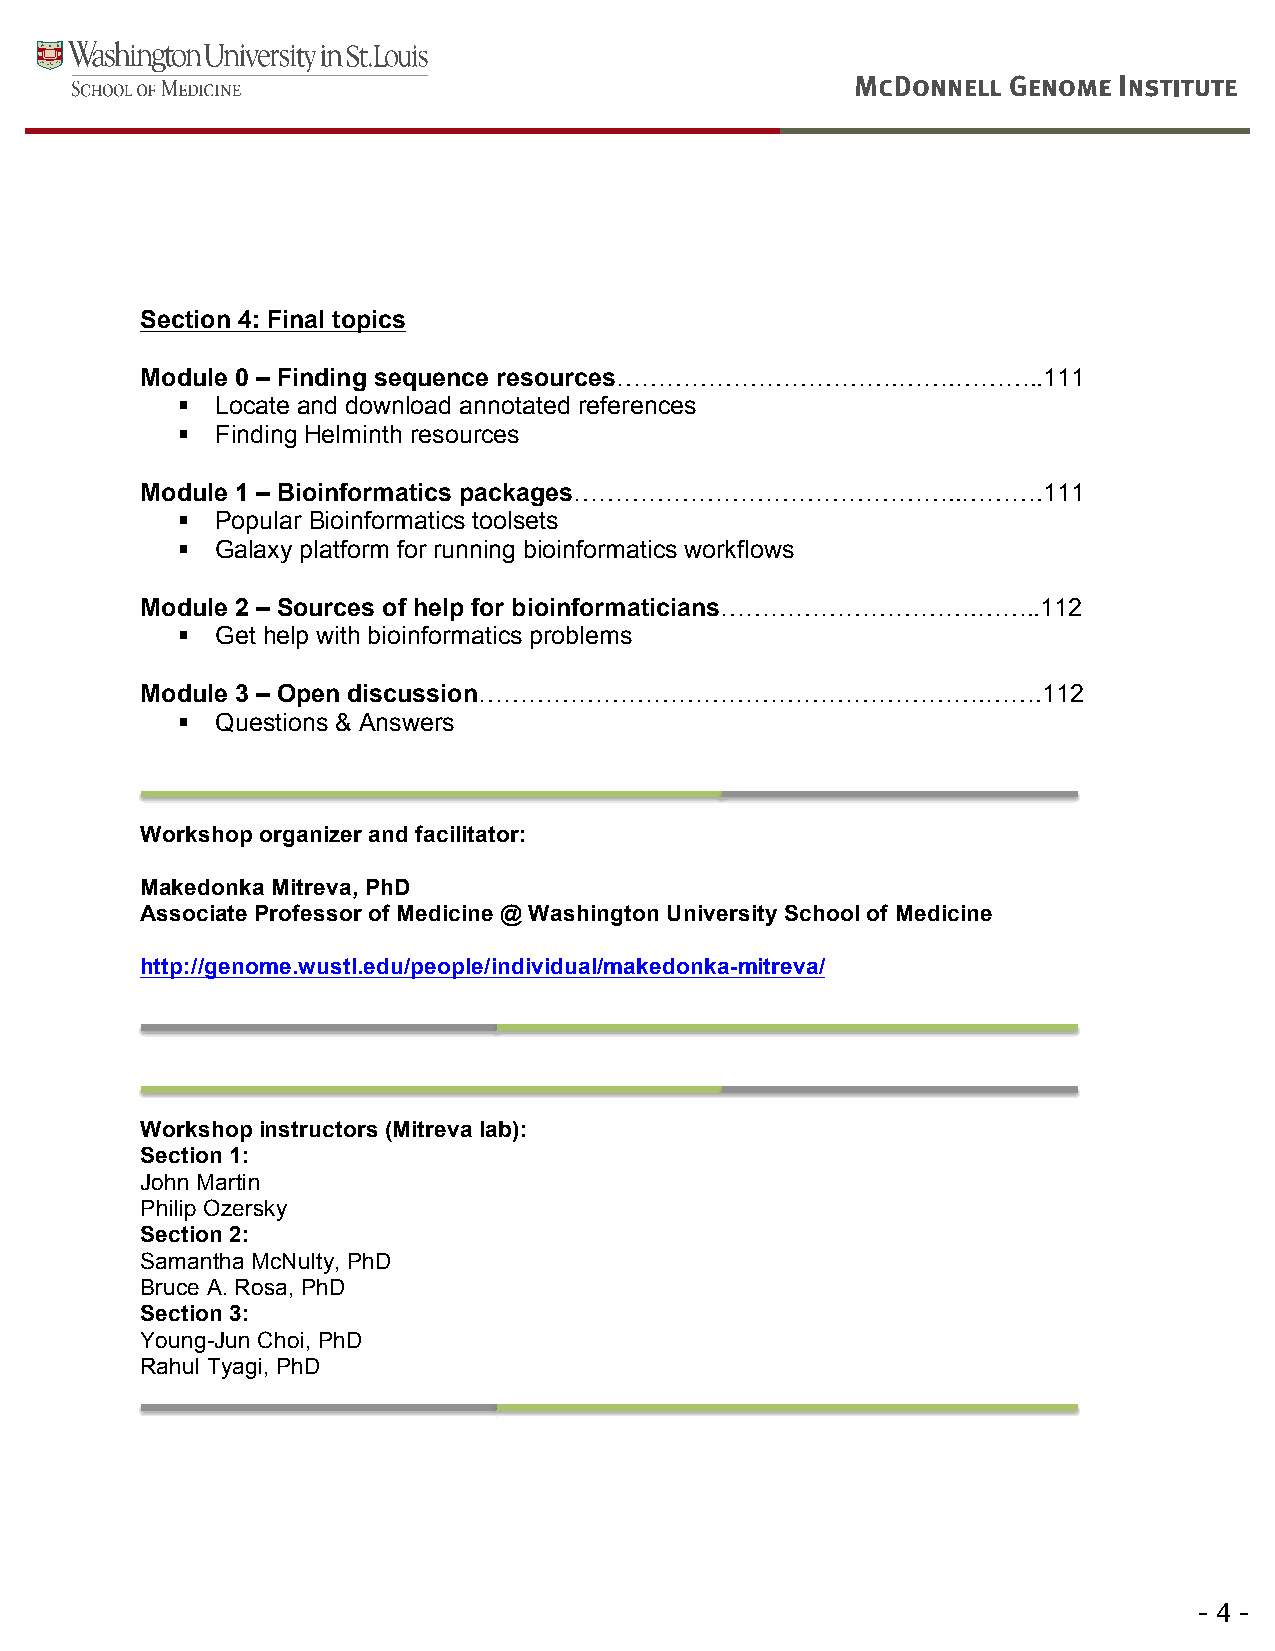
!
 Section 4: Final topics
 Module 0 – Finding sequence resources…………………………….…….………..111
 ! Locate and download annotated references
 ! Finding Helminth resources
 Module 1 – Bioinformatics packages………………………………………..……….111
 ! Popular Bioinformatics toolsets
 ! Galaxy platform for running bioinformatics workflows
 Module 2 – Sources of help for bioinformaticians………………………….……..112
 ! Get help with bioinformatics problems
 Module 3 – Open discussion…………………………………………………….…….112
 ! Questions & Answers
 Workshop organizer and facilitator:
 Makedonka Mitreva, PhD
 Associate Professor of Medicine @ Washington University School of Medicine
 http://genome.wustl.edu/people/individual/makedonka-mitreva/
 !
 Workshop instructors (Mitreva lab):
 Section 1:
 John Martin
 Philip Ozersky
 Section 2:
 Samantha McNulty, PhD
 Bruce A. Rosa, PhD
 Section 3:
 Young-Jun Choi, PhD
 Rahul Tyagi, PhD!
 !